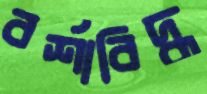
বর্শাবিদ্ধ